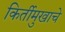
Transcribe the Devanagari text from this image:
किर्तीमुखाचे